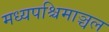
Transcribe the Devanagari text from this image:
मध्यपश्चिमाञ्चल